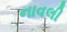
નાવલી